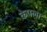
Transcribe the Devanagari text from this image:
केपला